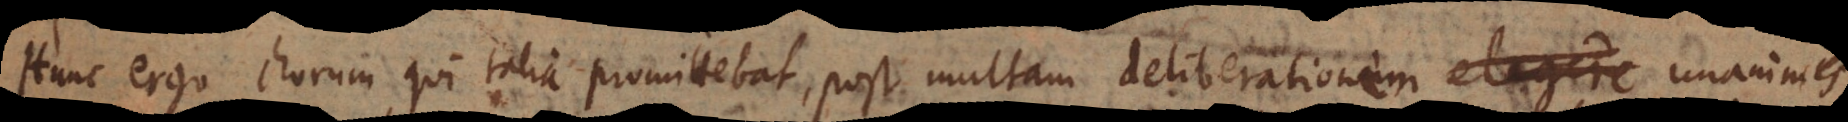
Hunc ergo chorum, qui talia promittebat, post multam deliberationem unanimes